18_100754_ General 1946-7_Vol_2
Agency: Department of War
Incident date: 12/30/47
Page 1
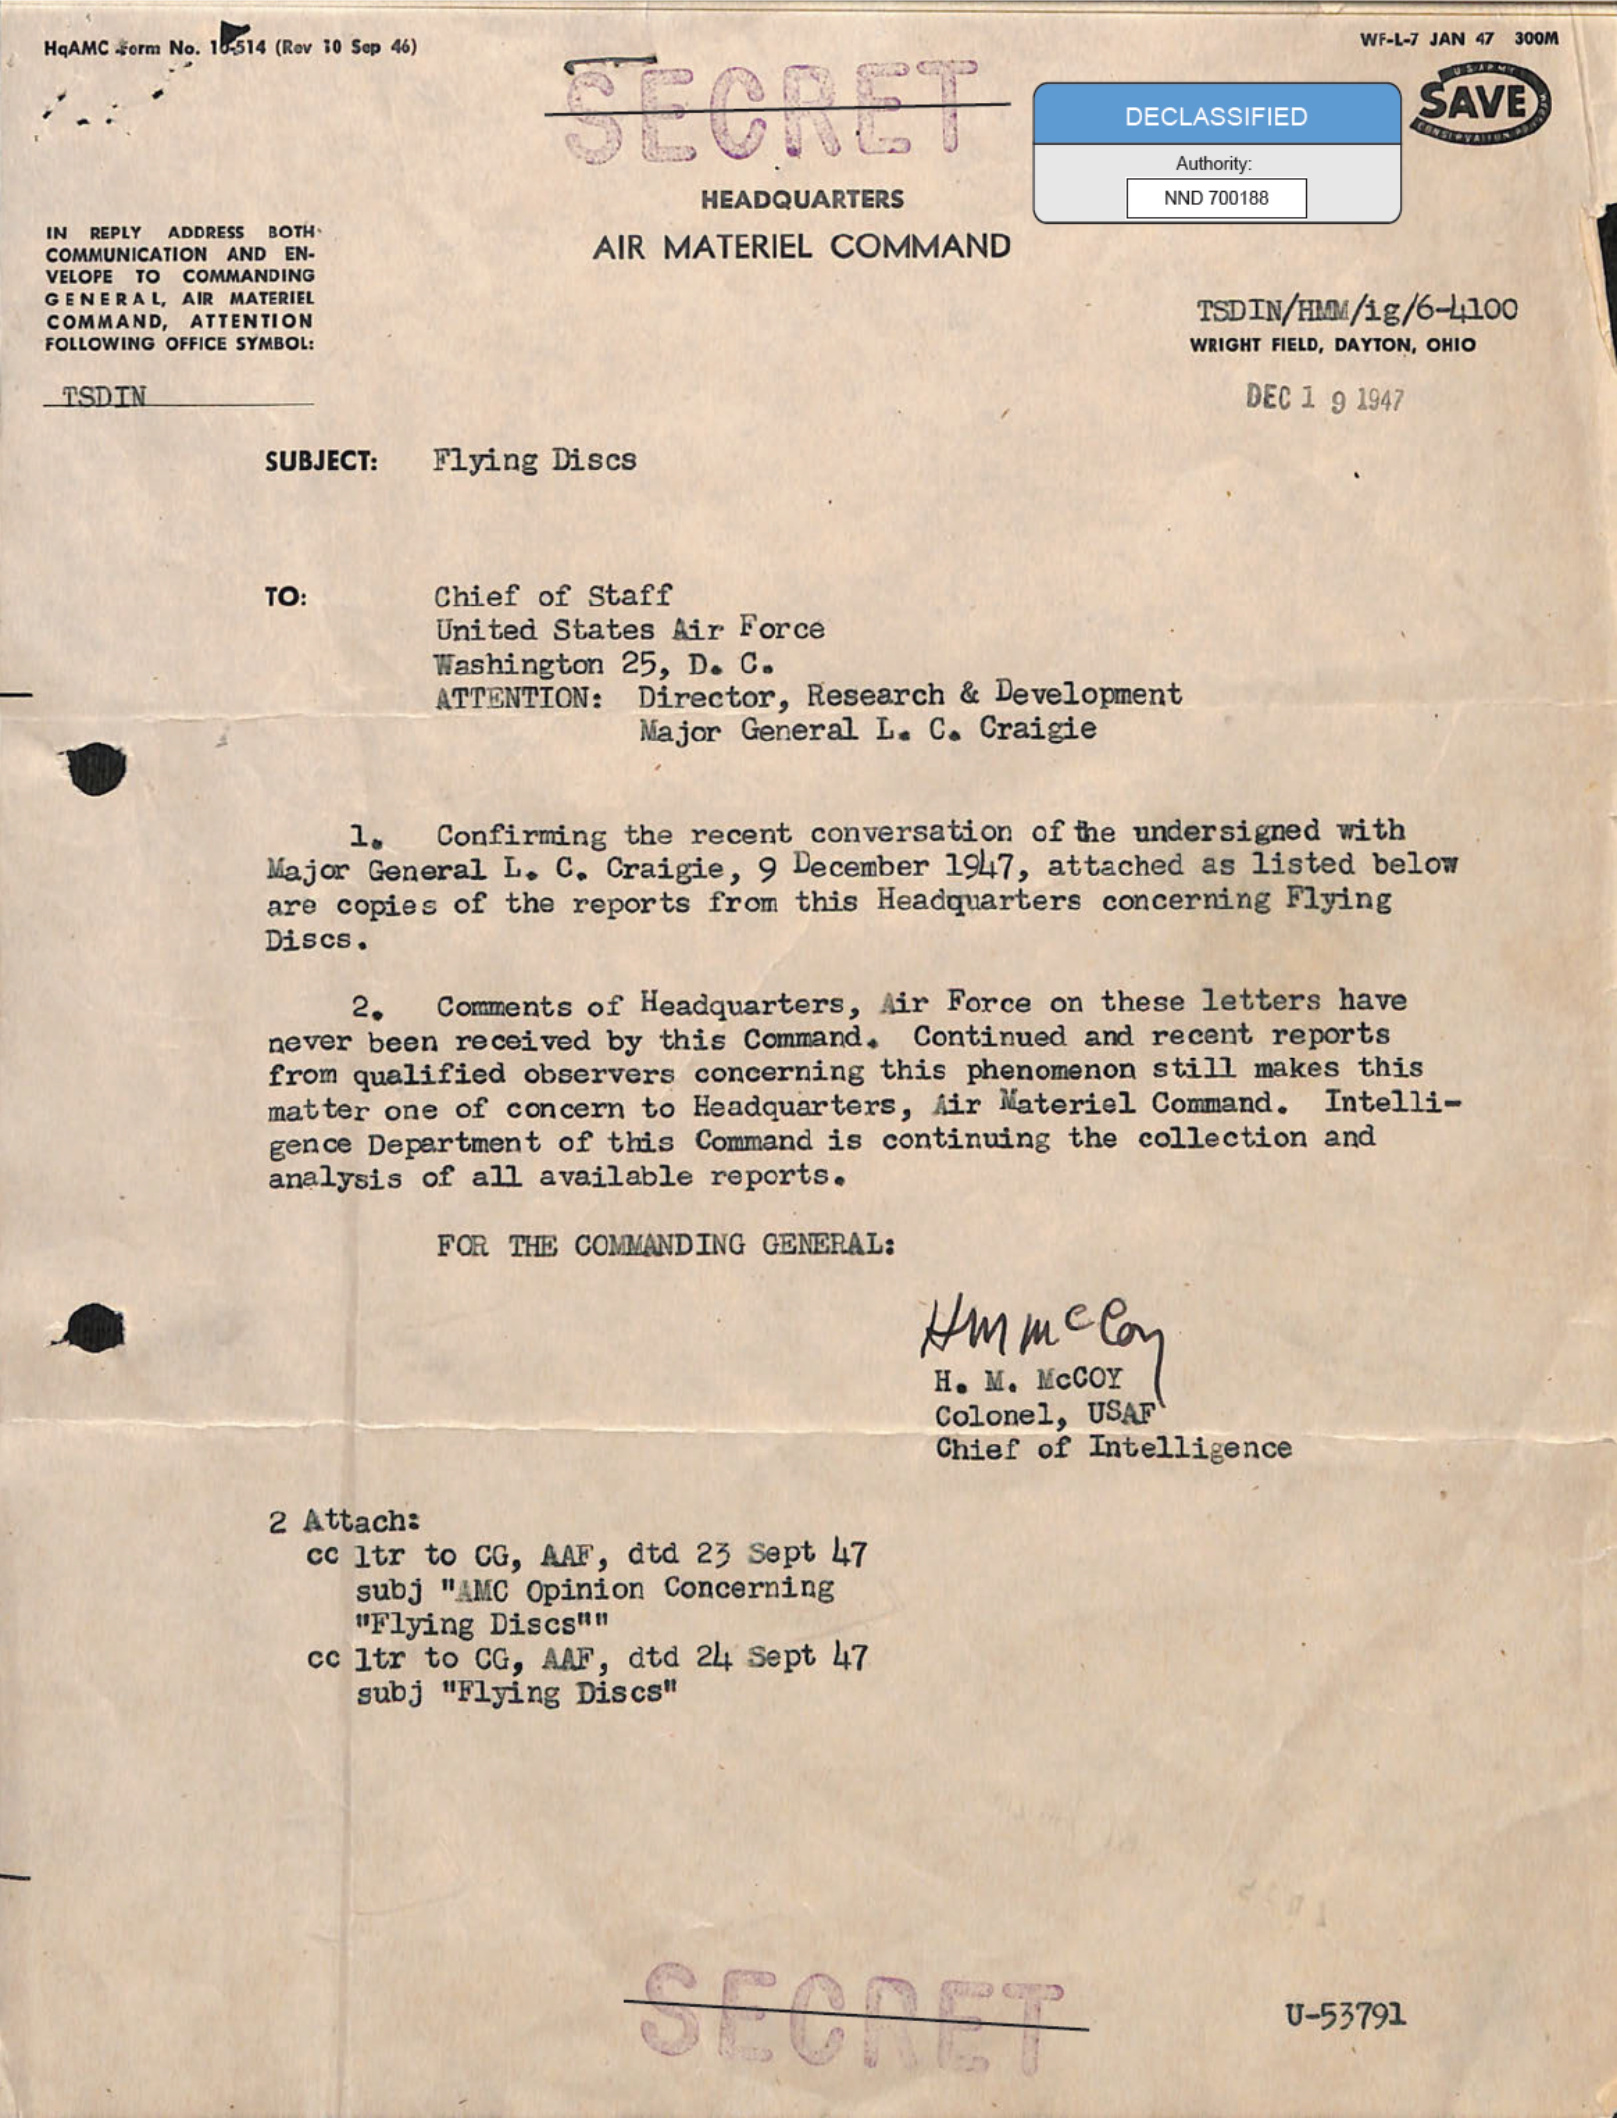